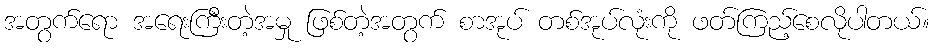
အတွက်ရော အရေးကြီးတဲ့အမှု ဖြစ်တဲ့အတွက် စာအုပ် တစ်အုပ်လုံးကို ဖတ်ကြည့်စေလိုပါတယ်။